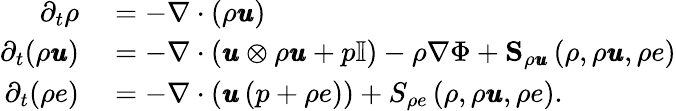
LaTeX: \begin{array}{rl}{\partial_{t}\rho}&{{}=-\nabla\cdot\left(\rho\pmb{u}\right)}\\ {\partial_{t}(\rho\pmb{u})}&{{}=-\nabla\cdot\left(\pmb{u}\otimes\rho\pmb{u}+p\mathbb{I}\right)-\rho\nabla\Phi+\mathbf{S}_{\rho\pmb{u}}\left(\rho,\rho\pmb{u},\rho e\right)}\\ {\partial_{t}(\rho e)}&{{}=-\nabla\cdot\left(\pmb{u}\left(p+\rho e\right)\right)+S_{\rho e}\left(\rho,\rho\pmb{u},\rho e\right).}\end{array}